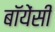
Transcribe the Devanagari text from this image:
बॉयेंसी